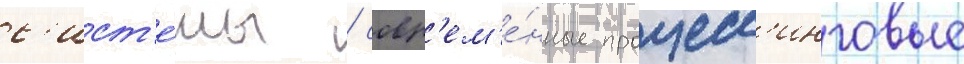
с'ист'е́мы / совр'ем'е́нные процесс'инговые